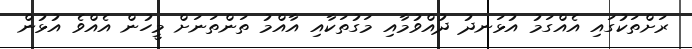
ރަށްތަކުގައި އެއްގަމު އުޅަނދު ދުއްވުމާއި މަގުތަކާއި އާއްމު ތަންތަނަށް މީހުން އެއްވެ އުޅުން